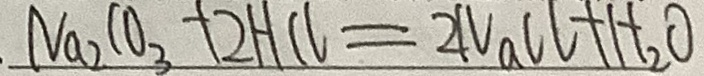
N a _ { 2 } C O _ { 3 } + 2 H C l = 2 N a C l + H _ { 2 } O